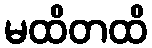
မထိတထိ